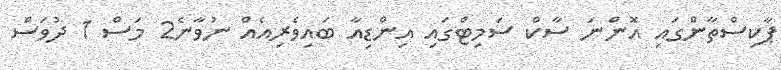
ޕާކިސްތާންގައި އޮންނަ ސާކް ސަމިޓްގައި އިންޑިއާ ބައިވެރިއެއް ނުވާނެ2 މަސް 1 ދުވަސް